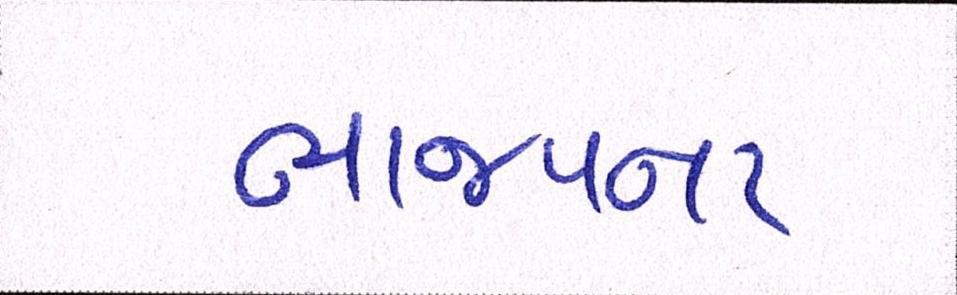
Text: ભાજપના